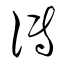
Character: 傳